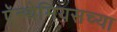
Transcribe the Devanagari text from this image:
ऍन्थेमियसच्या